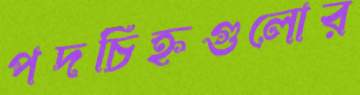
পদচিহ্নগুলোর